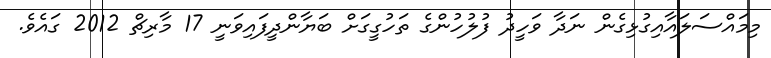
މިމައްސަލައާއިގުޅިގެން ނަދާ ވަހީދު ފުލުހުންގެ ތަހުގީގަށް ބަޔާންދީފައިވަނީ 17 މާރިޗް 2012 ގައެވެ.